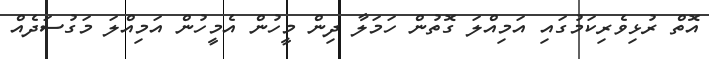
އޮތް ރުޅިވެރިކަމުގައި އަމިއްލަ ގޮތުން ހަމަލާ ދިން މީހުން އެމީހުން އަމިއްލަ މަގުސަދެއް